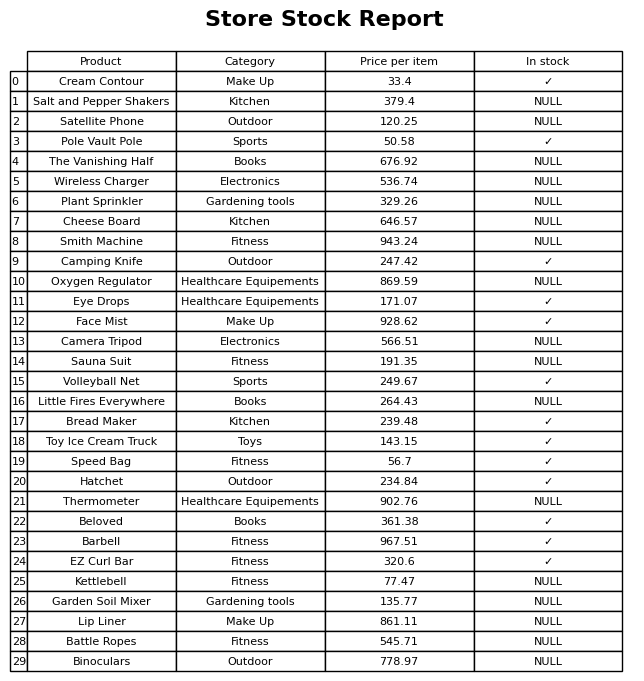
question: What is the price for Wireless Charger?
answer: The price of Wireless Charger is 536.74.